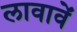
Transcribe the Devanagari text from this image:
लावावें